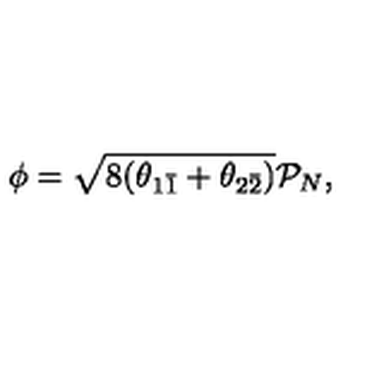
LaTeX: \phi = \sqrt { 8 ( \theta _ { 1 \bar { 1 } } + \theta _ { 2 \bar { 2 } } ) } \mathcal { P } _ { N } ,